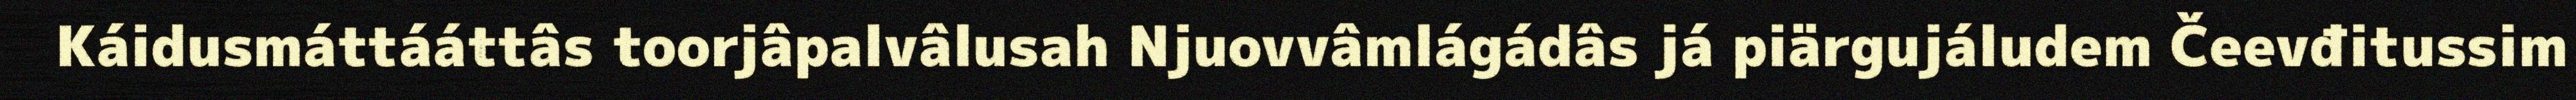
Káidusmáttááttâs toorjâpalvâlusah Njuovvâmlágádâs já piärgujáludem Čeevđitussim